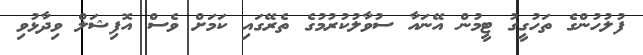
ފުލުހުންގެ ތަހުގީގު ޓީމުން އޭނައާ ސުވާލުކުރުމުގެ ތެރޭގައި ކަމަށް ވެސް އޮފިޝަލް ވިދާޅުވި